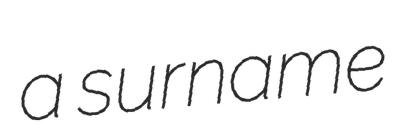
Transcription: a surname